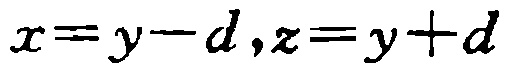
\(x=y - d,z=y + d\)